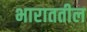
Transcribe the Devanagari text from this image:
भाराततील